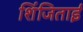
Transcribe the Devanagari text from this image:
शिंजिताई